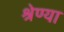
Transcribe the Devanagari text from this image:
श्रेण्या